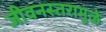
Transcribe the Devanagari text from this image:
जीवनस्तरामुळे